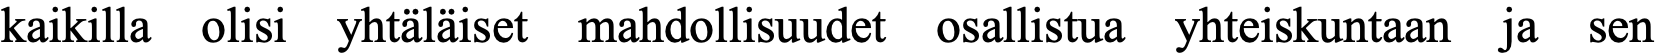
kaikilla olisi yhtäläiset mahdollisuudet osallistua yhteiskuntaan ja sen